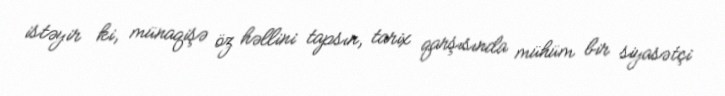
istəyir ki, münaqişə öz həllini tapsın, tarix qarşısında mühüm bir siyasətçi